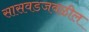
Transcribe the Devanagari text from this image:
सासवडजवळील